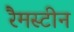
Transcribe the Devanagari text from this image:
रैमस्टीन